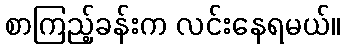
စာကြည့်ခန်းက လင်းနေရမယ်။